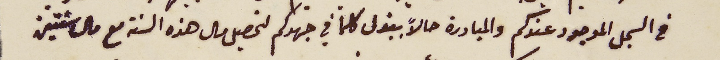
فى السجل الموجود عندكم والمبادرة حالاً ببذل كلما في جهدكم لتحصيل مال هذه السنة مع مال سنتين